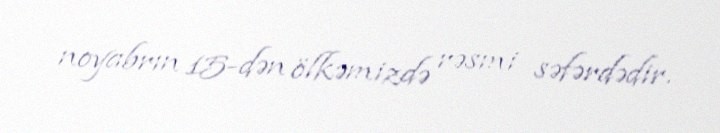
noyabrın 15-dən ölkəmizdə rəsmi səfərdədir.